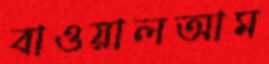
বাওয়ালআম